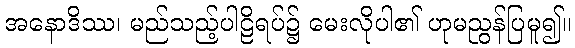
အနောဒိဿ၊ မည်သည့်ပါဠိရပ်၌ မေးလိုပါ၏ ဟုမညွန်ပြမူ၍။